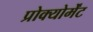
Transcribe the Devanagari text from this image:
प्रोक्योर्मेंट